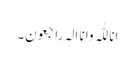
انا للّٰہ وانا الہ راجعون۔